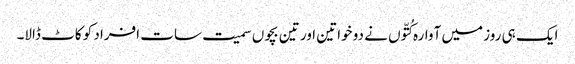
ایک ہی روز میں آوارہ کُتّوں نے دو خواتین اور تین بچوں سمیت سات افراد کو کاٹ ڈالا۔